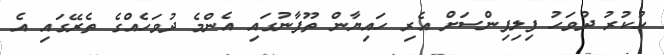
ހުކުރު ދުވަހު ފިލިޕިންސަށް އެރި ހައިޔާން ތޫފާނުގައި އެންމެ ދުވަހެއްގެ ތެރޭގައި އެ